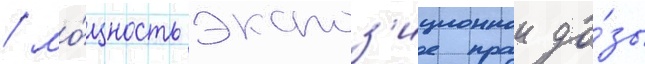
/ мо́щность экспоз'иционнои до́зы